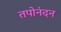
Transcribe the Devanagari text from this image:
तपोनंदन